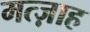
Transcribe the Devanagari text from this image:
मत्ज़ाह